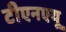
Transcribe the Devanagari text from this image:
टीएनएयू